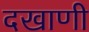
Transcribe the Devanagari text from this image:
दखाणी